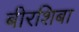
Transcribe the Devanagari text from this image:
बीरशिबा